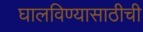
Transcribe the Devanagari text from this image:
घालविण्यासाठीची